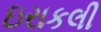
ઇરાકલી